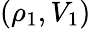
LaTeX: (\rho_{1},V_{1})